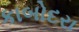
કાબોદરા